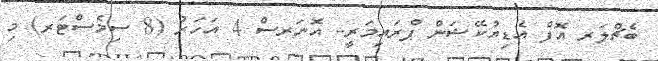
ބެޗްލަރ އޮފް އެޑިޔުކޭޝަން ޕްރައިމަރީ- އޮނަރސް 4 އަހަރު (8 ސިމެސްޓަރ) މި